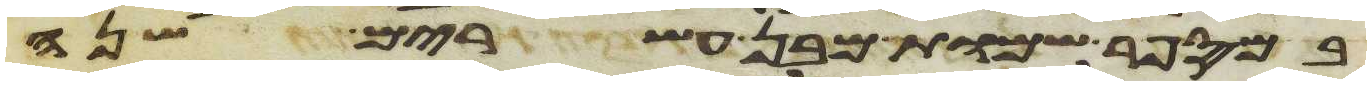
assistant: במספר שמות מבן עשרים שנה